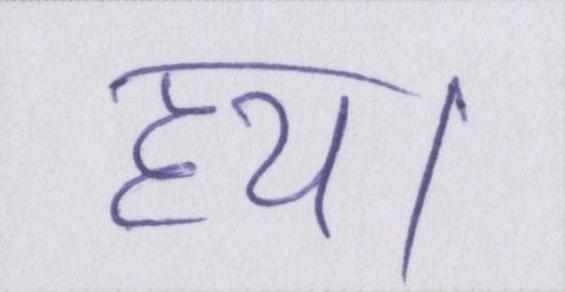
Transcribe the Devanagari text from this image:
हय।